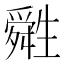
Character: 𤯷